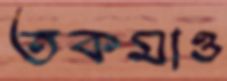
তকমাও